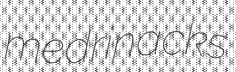
medrinacks